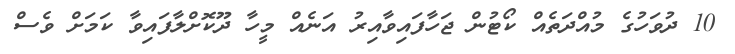
10 ދުވަހުގެ މުއްދަތެއް ކޯޓުން ޖަހާފައިވާއިރު އަނެއް މީހާ ދޫކޮށްލާފައިވާ ކަމަށް ވެސް